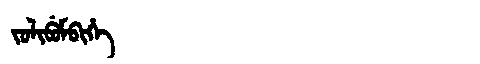
Manchu: ᠵᠣᠯᡳᠪᡠᠮᠪᡳᡥᡝ
Romanization: JOLIBUMBIHE